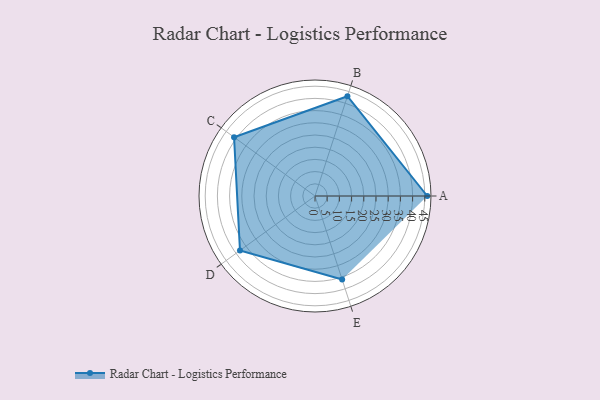
{"axis": {"x": "Skill", "y": "Score"}, "legend": ["Profile"], "data": [{"x": "A", "y": 46.0, "type": "Profile"}, {"x": "B", "y": 43.0, "type": "Profile"}, {"x": "C", "y": 41.0, "type": "Profile"}, {"x": "D", "y": 38.0, "type": "Profile"}, {"x": "E", "y": 36.0, "type": "Profile"}]}